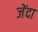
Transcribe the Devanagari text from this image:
जेंदा